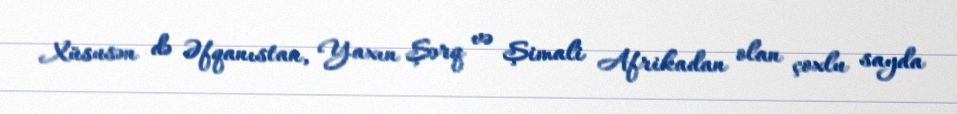
Xüsusən də Əfqanıstan, Yaxın Şərq və Şimali Afrikadan olan çoxlu sayda